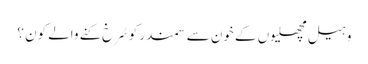
وہیل مچھلیوں کے خون سے سمندر کو سُرخ کنے والے کون ؟